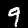
Digit: 9